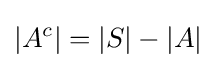
|A^{c}|=|S|-|A|